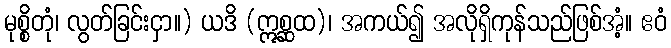
မုစ္စိတုံ၊ လွတ်ခြင်းငှာ။) ယဒိ (ဣစ္ဆထ)၊ အကယ်၍ အလိုရှိကုန်သည်ဖြစ်အံ့။ ဧဝံ